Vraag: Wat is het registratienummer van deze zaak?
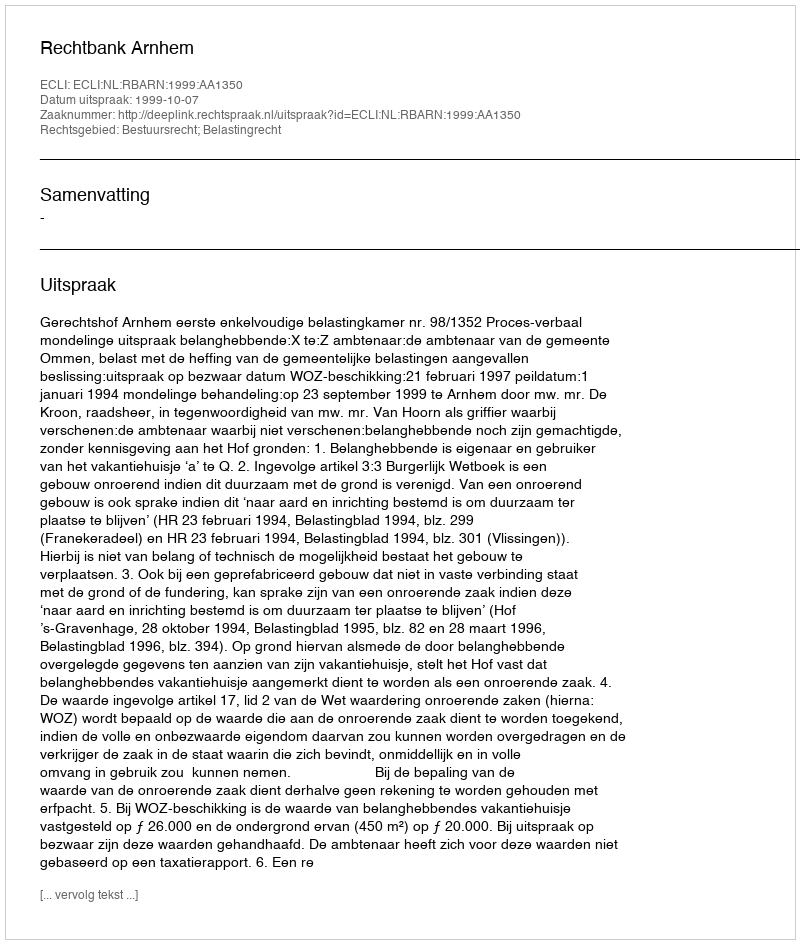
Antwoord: http://deeplink.rechtspraak.nl/uitspraak?id=ECLI:NL:RBARN:1999:AA1350